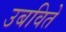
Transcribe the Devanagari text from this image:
उबविते